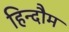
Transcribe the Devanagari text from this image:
हिन्दौम